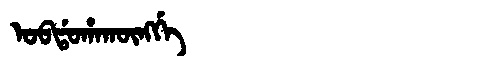
Manchu: ᠣᠪᡩᠣᡥᠠᡴᡡᠩᡤᡝ
Romanization: OBDOHAKŪNGGE